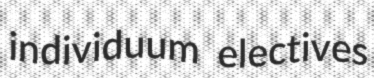
individuum electives